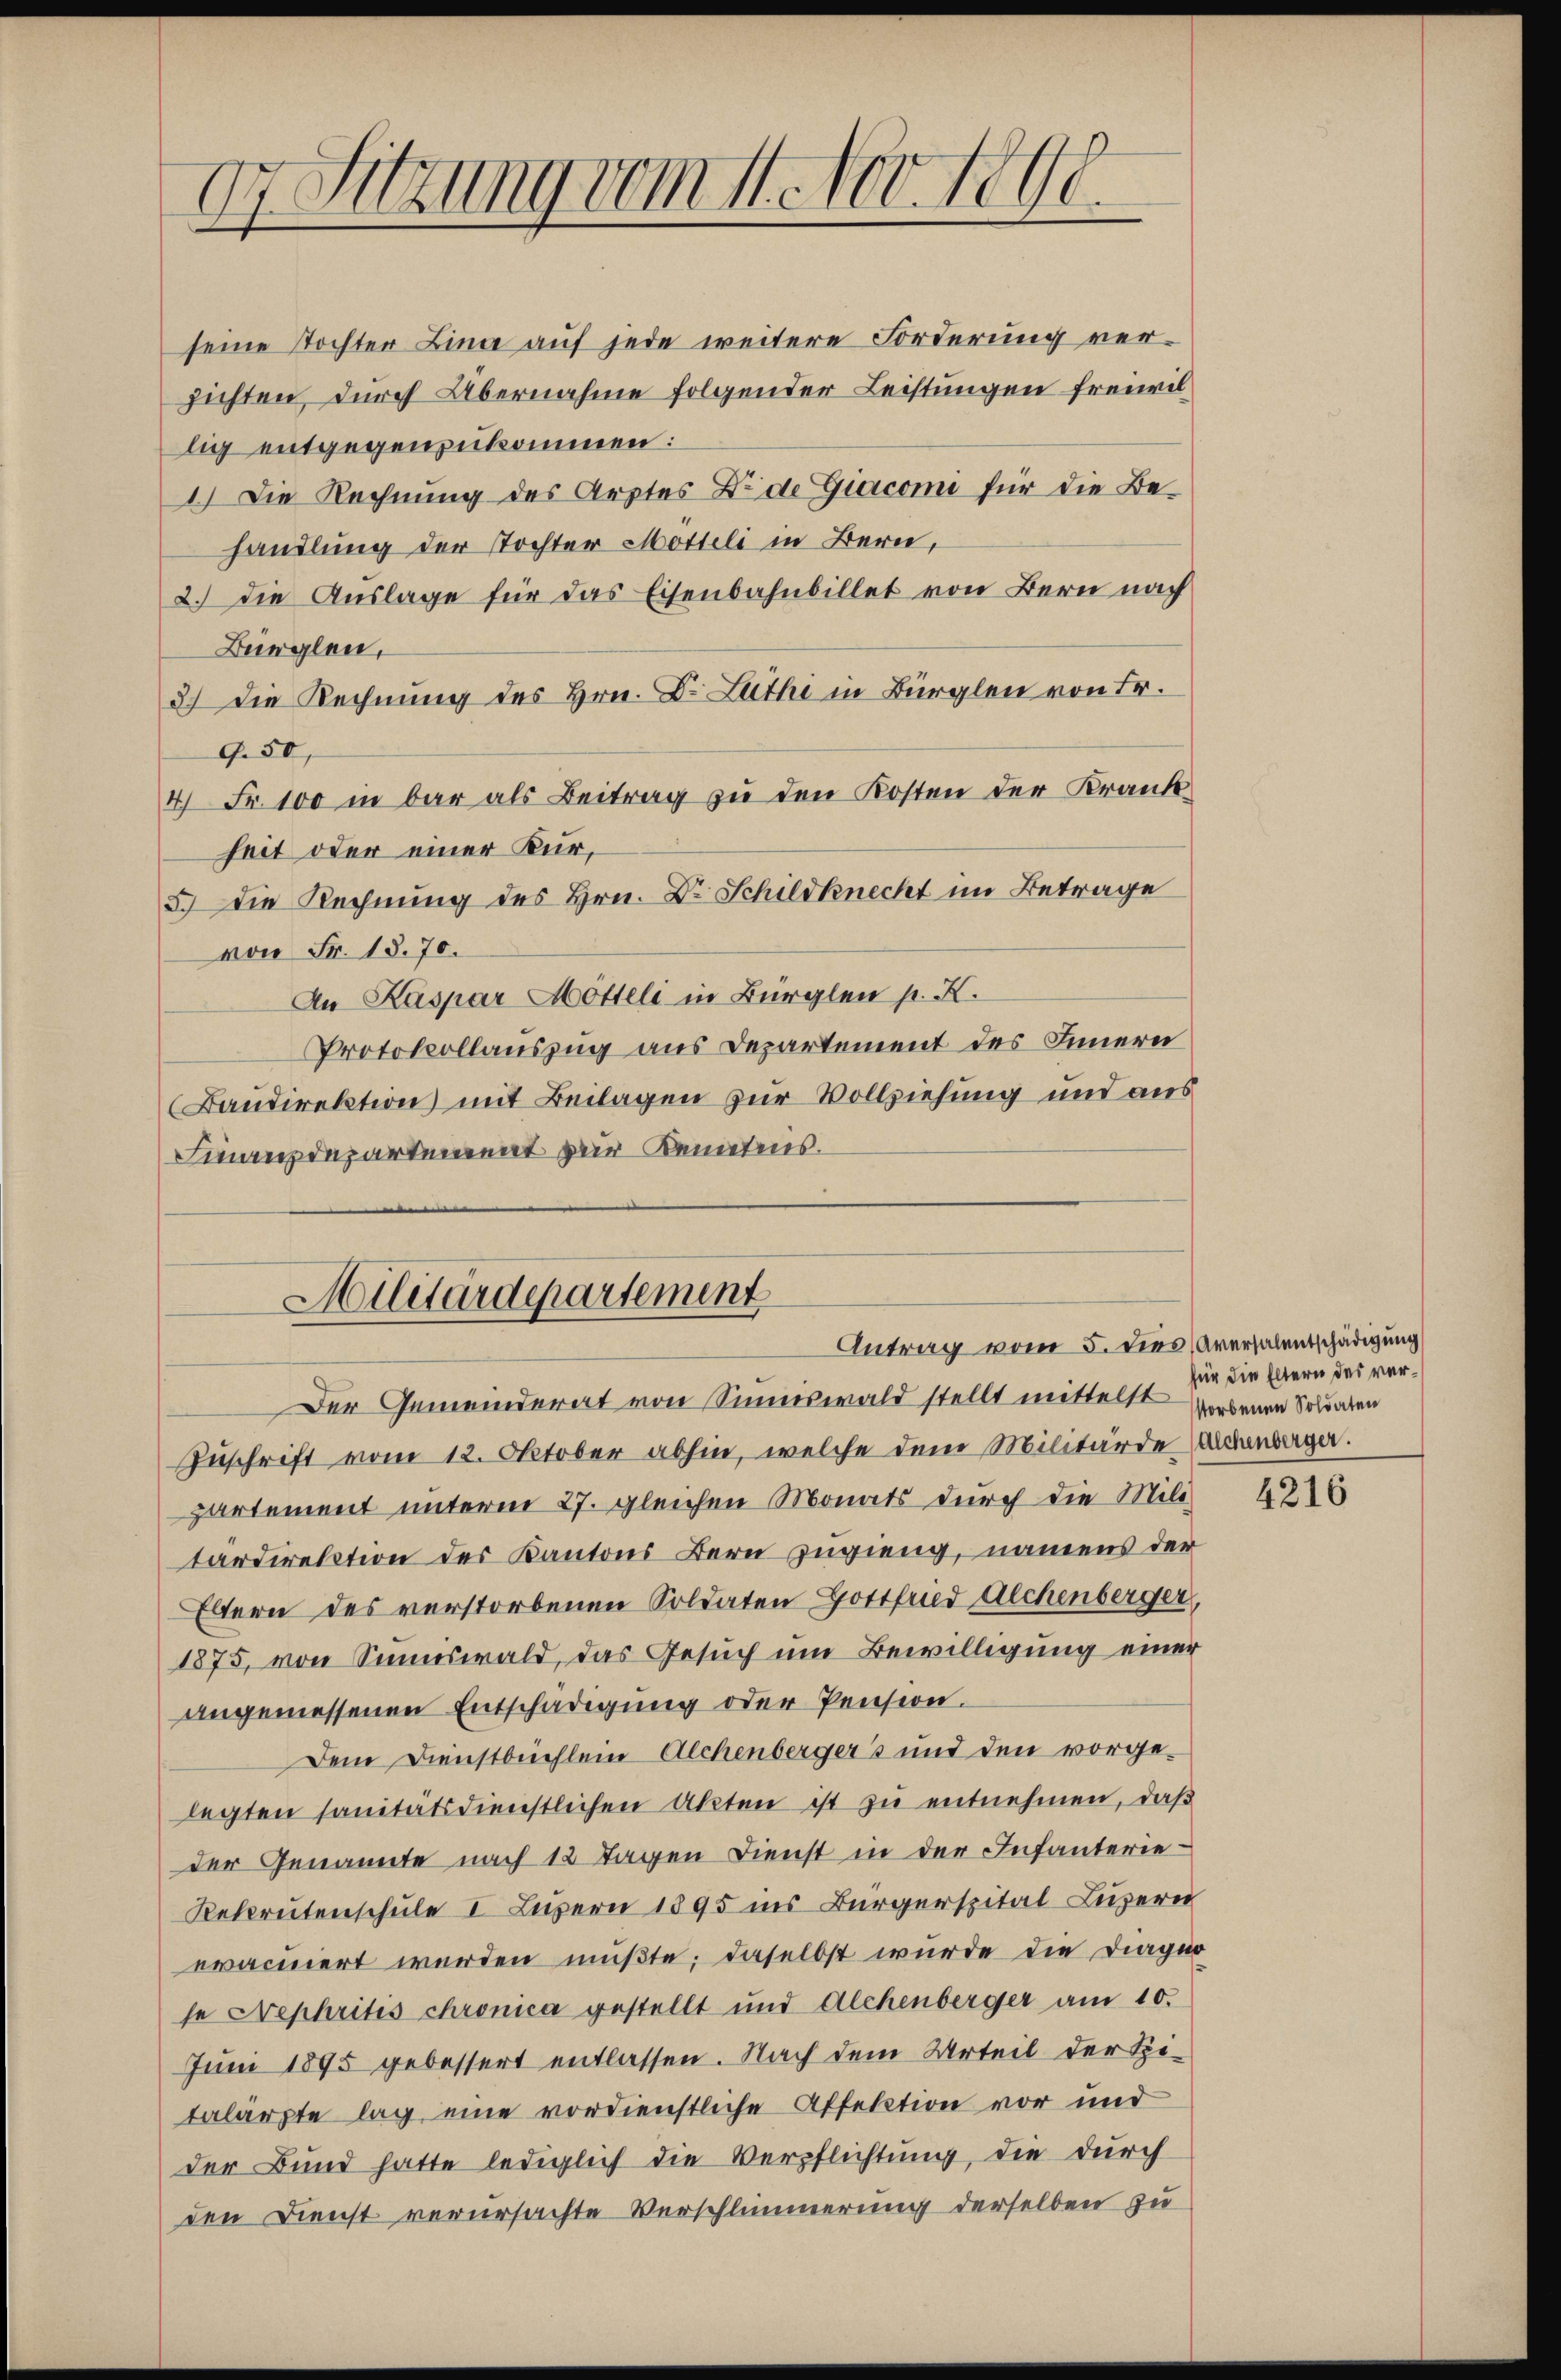
7 Sitzung vom 11. Nov. 1800.
1
.
.

seine Tochter Lina auf jede weitere Forderung verzichten, durch Übernahme folgender Leistungen freiwillig entgegenzukommen:
1.) Die Rechnung des Arztes Eide Giacomi für die Be-
handlung der Tochter Motteli in Bern,
2.) Die Auslage für das Eisenbahnbillet von Bern nach
Bürglen,
3) Die Rechnung des Hrn. Dr. Luthi in Bürglen von Fr.
9. 50,
4 Fr. 100 in bar als Beitrag zu den Kosten der Krank
heit oder einer Kur,
5.) Die Rechnung des Hrn. Dr. Schildknecht im Betrage
von Fr. 18. 70.
An Kaspar Mötteli in Bürglen p. K.
Protokollauszug aus Departement des Innern
(Bandirektion mit Beilagen zur Vollziehung und aus
Finanzdepartement zur Kenntens.
Militärdepartement
Antrag vom 5. dies Aversalentschädigung
Der Gemeinderat von Sinniswald stellt mittelst worbenen Solaren
Zuschrift vom 12. Oktober abhin, welche dem Militärde Sachenberger.
partement unterm 27. gleichen Monats durch die Militardirektion des Kantons Bern zugieng, namens der
Eltern des verstorbenen Soldaten Gottfried Alchenberger,
1875, von Sinnswald, das Gesuch um Bewilligung einer
angemessenen Entschädigung oder Pension.
Dem Dienstbüchlein Alchenbergers und den vorgelegten sanitätsdienstlichen Akten ist zŭ entnehmen, daβ
der Genannte nach 12 Tagen Dienst in der Infanterie-
Rekrutenschule I Luzern 1895 ins Bürgerspital Luzern
evacuiert werden müßte; daselbst wurde die Diagin
se Nephritis chronica gestellt und Alchenberger am 10.
Juni 1895 gebessert entlassen. Nach dem Urteil der Spitalärpte lag, eine vordienstliche Affektion vor und
der Bund hatte lediglich die Verpflichtung, die durch
den Dienst verursachte Verschlimmerung derselben zu

für die Eltern des ver¬

4216